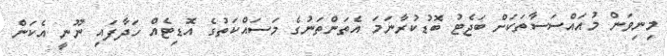
މިނިވަން މުއައްސަސާތަކަށް ބަޖެޓު ބޮޑުކުރާނަމަ އެތަންތަނުގެ މަސައްކަތުގެ އޮޑިޓެއް ހަދާފައި ނޫނީ އެކަން